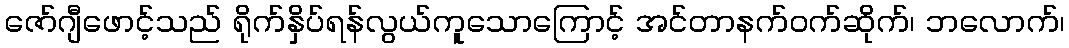
ဇော်ဂျီဖောင့်သည် ရိုက်နှိပ်ရန်လွယ်ကူသောကြောင့် အင်တာနက်ဝက်ဆိုက်၊ ဘလောက်၊